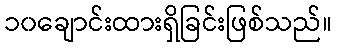
၁၀ချောင်းထားရှိခြင်းဖြစ်သည်။